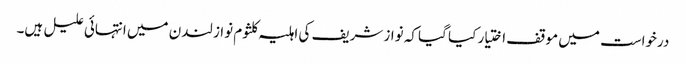
درخواست میں موقف اختیار کیا گیا کہ نواز شریف کی اہلیہ کلثوم نواز لندن میں انتہائی علیل ہیں۔